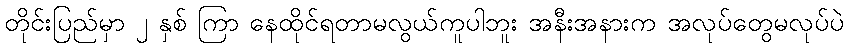
တိုင်းပြည်မှာ ၂ နှစ် ကြာ နေထိုင်ရတာမလွယ်ကူပါဘူး အနီးအနားက အလုပ်တွေမလုပ်ပဲ